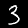
Label: 3